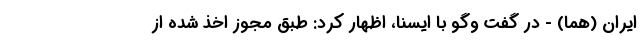
ایران (هما) - در گفت وگو با ایسنا، اظهار کرد: طبق مجوز اخذ شده از